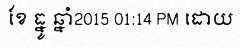
ខែ ធ្នូ ឆ្នាំ2015 01:14 PM ដោយ